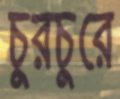
চুরচুরে